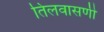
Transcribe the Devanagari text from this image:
तिलवासणी